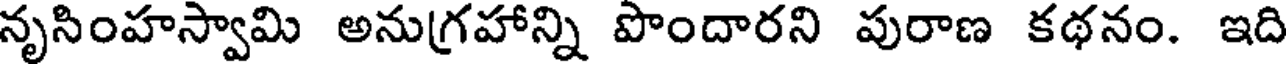
నృసింహస్వామి అనుగ్రహాన్ని పొందారని పురాణ కథనం. ఇది